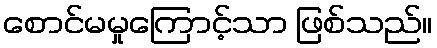
စောင်မမှုကြောင့်သာ ဖြစ်သည်။